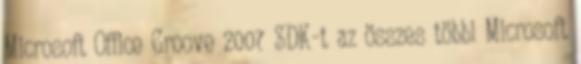
Microsoft Office Groove 2007 SDK-t az összes többi Microsoft